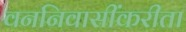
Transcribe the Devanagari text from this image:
वननिवासींकरीता